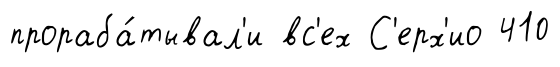
прораба́тывал'и вс'ех С'ерх'ио 410